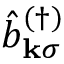
\hat { b } _ { \mathbf { k } \sigma } ^ { ( \dagger ) }